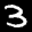
Label: 3